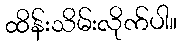
ထိန်းသိမ်းလိုက်ပါ။